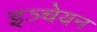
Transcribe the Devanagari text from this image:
इञ्चेयन